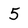
Character: 5